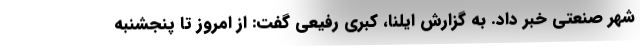
شهر صنعتی خبر داد. به گزارش ایلنا، کبری رفیعی گفت: از امروز تا پنجشنبه